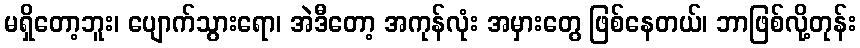
မရှိတော့ဘူး၊ ပျောက်သွားရော၊ အဲဒီတော့ အကုန်လုံး အမှားတွေ ဖြစ်နေတယ်၊ ဘာဖြစ်လို့တုန်း